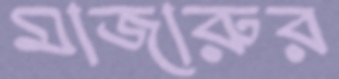
মাজারুর